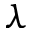
\lambda